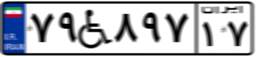
۵۶W۸۶۳۰۵